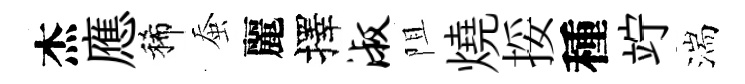
杰應稀蚕麗擇淑阻燒挼種竚湍